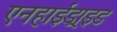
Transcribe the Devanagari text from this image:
एनहाईड्राइड